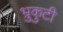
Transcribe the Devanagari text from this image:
भ्रुकुटी